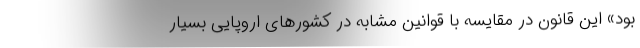
بود» این قانون در مقایسه با قوانین مشابه در کشورهای اروپایی بسیار